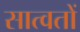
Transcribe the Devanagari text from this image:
सात्वतों